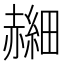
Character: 𫎰